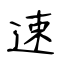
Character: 速